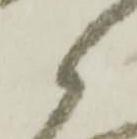
候